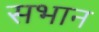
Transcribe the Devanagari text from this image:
सभान